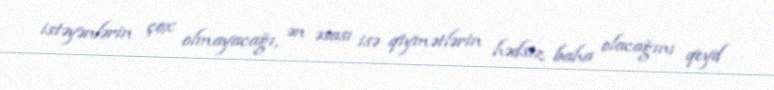
istəyənlərin çox olmayacağı, ən əsası isə qiymətlərin hədsiz baha olacağını qeyd